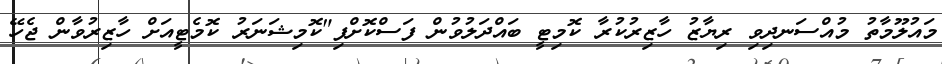
މައުލޫމާތު މުއްސަނދިވި ރިޔާޒު ހާޒިރުކުރާ ކޮމިޓީ ބައްދަލުވުން ފަސްކޮށްފި"ކޮމިޝަނަރު ކޮމެޓީއަށް ހާޒިރުވާން ޖެހޭ